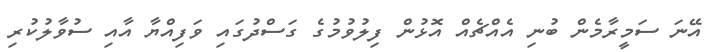
އޭނަ ސަމީރާމެން ބުނި އެއްޗެއް އޮޅުން ފިލުވުމުގެ ގަސްދުގައި ވަފިއްޔާ އާއި ސުވާލުކުރި